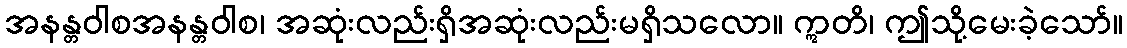
အနန္တဝါစအနန္တဝါစ၊ အဆုံးလည်းရှိအဆုံးလည်းမရှိသလော။ ဣတိ၊ ဤသို့မေးခဲ့သော်။